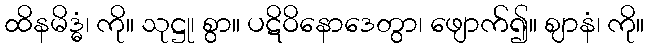
ထိနမိဒ္ဓံ၊ ကို။ သုဋ္ဌု၊ စွာ။ ပဋိဝိနောဒေတွာ၊ ဖျောက်၍။ ဈာနံ၊ ကို။